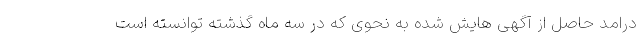
درامد حاصل از آگهی هایش شده به نحوی که در سه ماه گذشته توانسته است